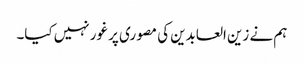
ہم نے زین العابدین کی مصوری پر غور نہیں کیا۔